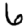
Digit: 6